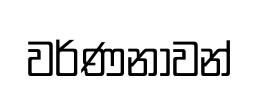
වර්ණනාවන්